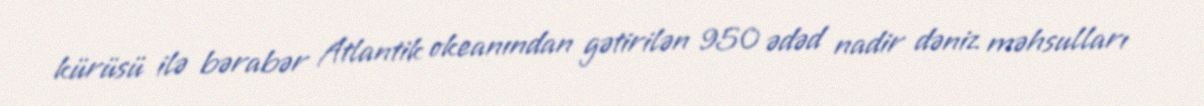
kürüsü ilə bərabər Atlantik okeanından gətirilən 950 ədəd nadir dəniz məhsulları